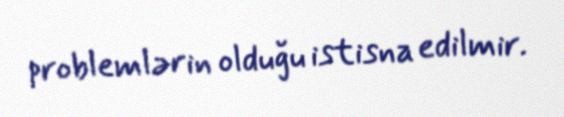
problemlərin olduğu istisna edilmir.